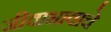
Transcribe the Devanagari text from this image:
जीवाभावाचे